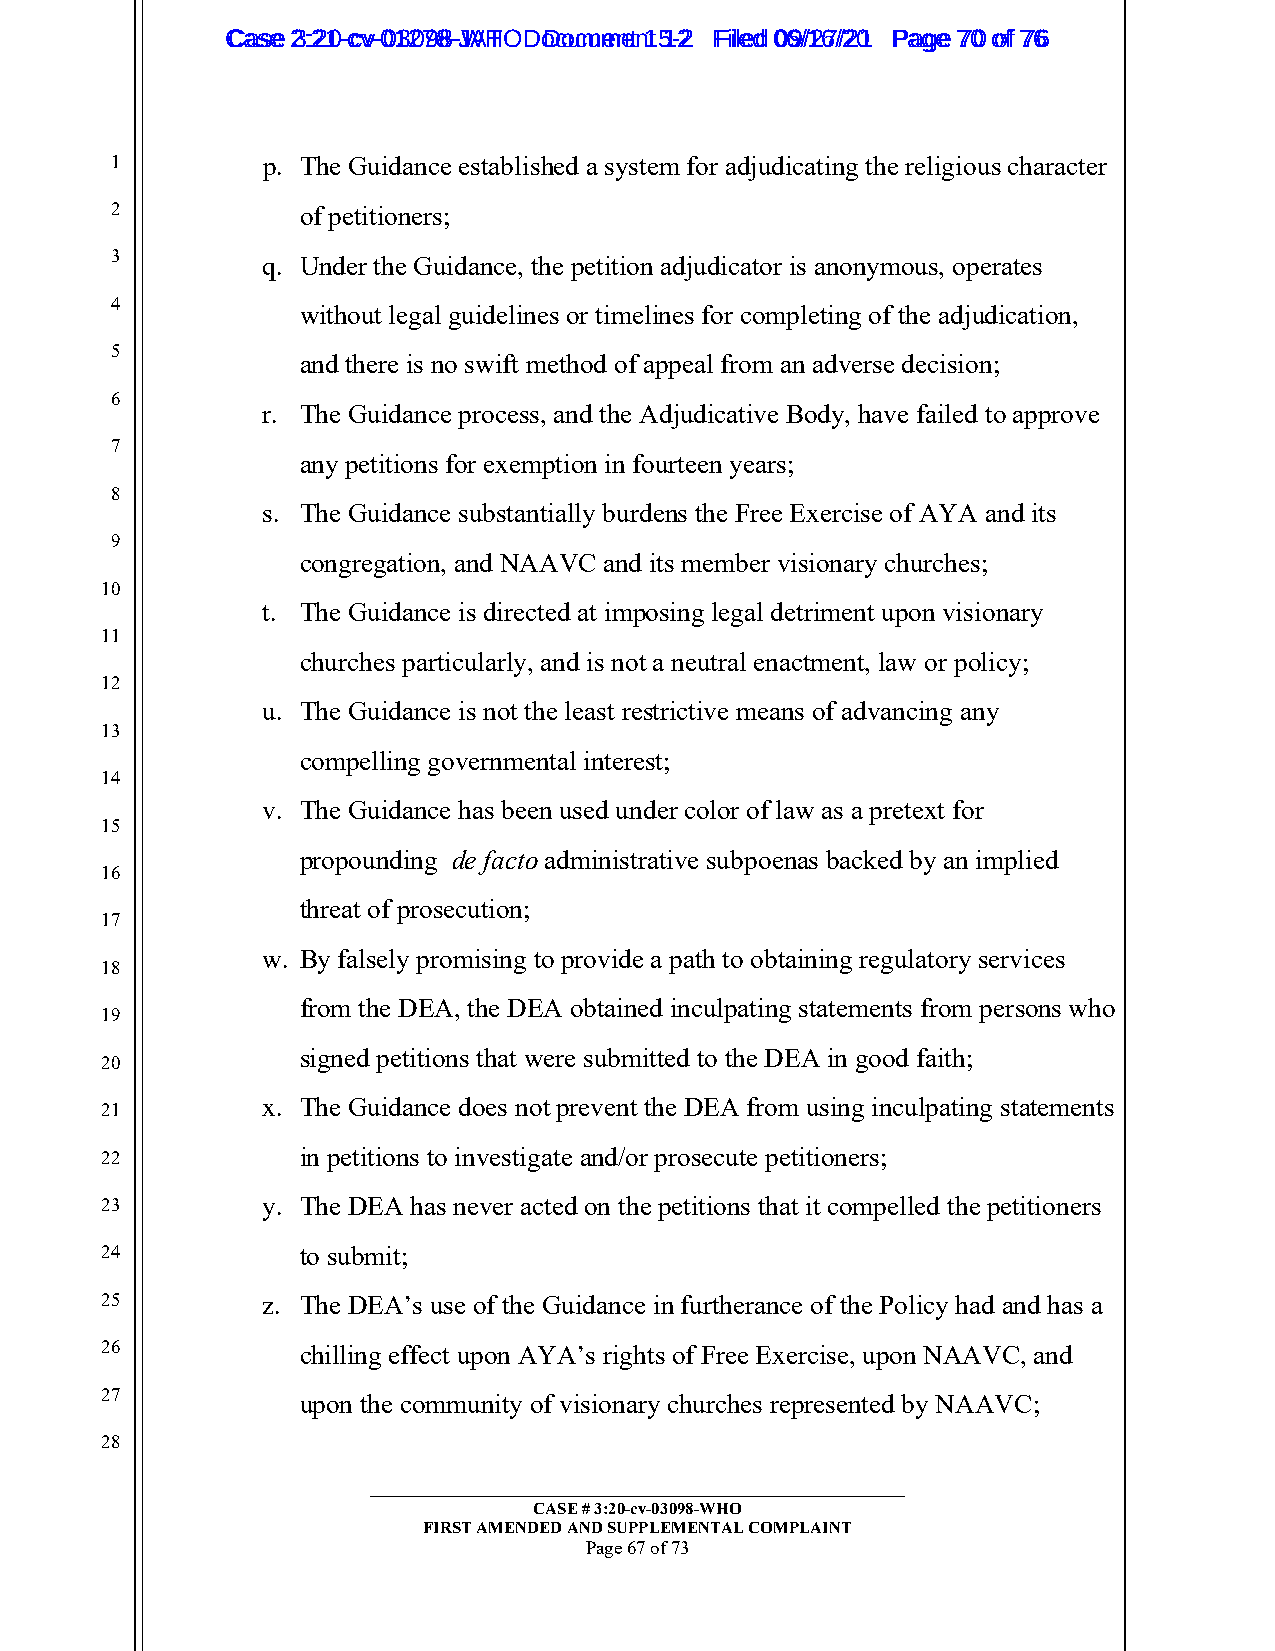
CCaassee 23::2210--ccvv--0013207988--JWAHT O D oDcoucmumenetn 1t 51-22 FFiilleedd 0069//1267//2201 PPaaggee 7700 ooff 7766
 1         p. The Guidance established a system for adjudicating the religious character
 2            of petitioners;
 3         q. Under the Guidance, the petition adjudicator is anonymous, operates
 4
 without legal guidelines or timelines for completing of the adjudication,
 5
 and there is no swift method of appeal from an adverse decision;
 6
 r. The Guidance process, and the Adjudicative Body, have failed to approve
 7
 any petitions for exemption in fourteen years;
 8
 s. The Guidance substantially burdens the Free Exercise of AYA and its
 9
 congregation, and NAAVC and its member visionary churches;
 10
 t. The Guidance is directed at imposing legal detriment upon visionary
 11
 churches particularly, and is not a neutral enactment, law or policy;
 12
 u. The Guidance is not the least restrictive means of advancing any
 13
 compelling governmental interest;
 14
 v. The Guidance has been used under color of law as a pretext for
 15
 propounding de facto administrative subpoenas backed by an implied
 16
 threat of prosecution;
 17
 w. By falsely promising to provide a path to obtaining regulatory services
 18
 from the DEA, the DEA obtained inculpating statements from persons who
 19
 signed petitions that were submitted to the DEA in good faith;
 20
 x. The Guidance does not prevent the DEA from using inculpating statements
 21
 22           in petitions to investigate and/or prosecute petitioners;
 23        y. The DEA has never acted on the petitions that it compelled the petitioners
 24           to submit;
 25        z. The DEA’s use of the Guidance in furtherance of the Policy had and has a
 26           chilling effect upon AYA’s rights of Free Exercise, upon NAAVC, and
 27           upon the community of visionary churches represented by NAAVC;
 28
 _________________________________________________________
 CASE # 3:20-cv-03098-WHO
 FIRST AMENDED AND SUPPLEMENTAL COMPLAINT
 Page 67 of 73